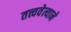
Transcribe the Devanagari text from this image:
तत्त्ववेत्याने